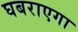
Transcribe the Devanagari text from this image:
घबराएगा